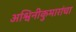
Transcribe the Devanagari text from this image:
अश्विनीकुमारांचा